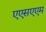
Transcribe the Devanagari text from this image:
एएसएएम